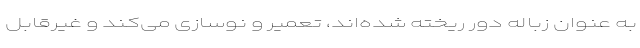
به عنوان زباله دور ریخته شده‌اند، تعمیر و نوسازی می‌کند و غیرقابل